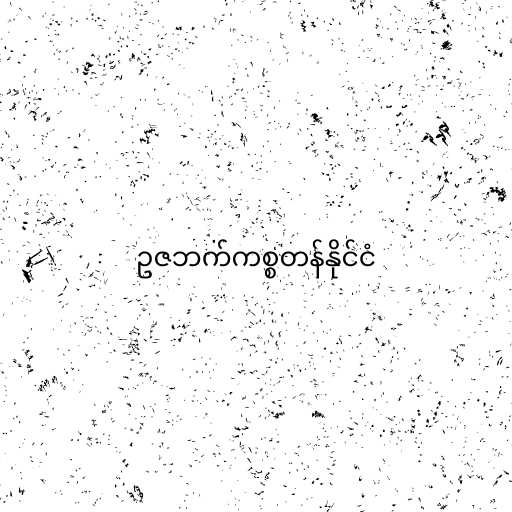
ဥဇဘက်ကစ္စတန်နိုင်ငံ